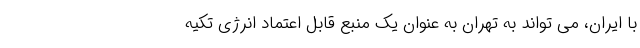
با ایران، می تواند به تهران به عنوان یک منبع قابل اعتماد انرژی تکیه